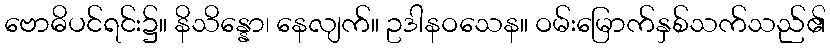
ဗောဓိပင်ရင်း၌။ နိသိန္နော၊ နေလျက်။ ဥဒါနဝသေန။ ဝမ်းမြောက်နှစ်သက်သည်၏